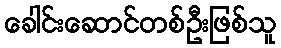
ခေါင်းဆောင်တစ်ဦးဖြစ်သူ